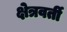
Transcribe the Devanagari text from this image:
क्षेत्रवर्ती